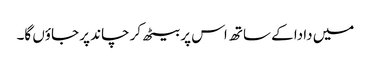
میں دادا کے ساتھ اس پر بیٹھ کر چاند پر جاؤں گا۔